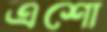
এশো